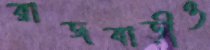
রাজবাড়ীও